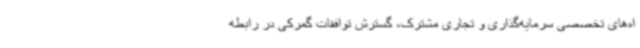
اه‌های تخصصی سرمایه‌گذاری و تجاری مشترک، گسترش توافقات گمرکی در رابطه